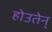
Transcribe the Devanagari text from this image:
होउतेन्